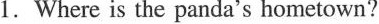
1.Where is the panda's hometown?